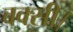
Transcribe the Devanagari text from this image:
बक्सी।